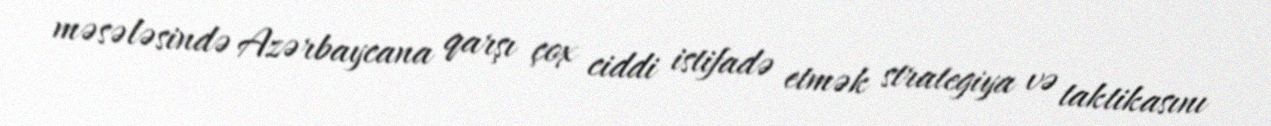
məsələsində Azərbaycana qarşı çox ciddi istifadə etmək strategiya və taktikasını